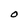
Character: O